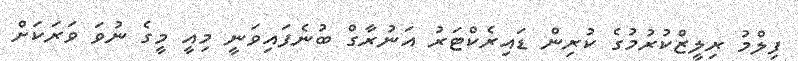
ފިލްމު ރިލީޒްކުރުމުގެ ކުރިން ޑައިރެކްޓަރު އަނުރާގް ބުނެފައިވަނީ މިއީ މީގެ ނުވަ ވަރަކަށް